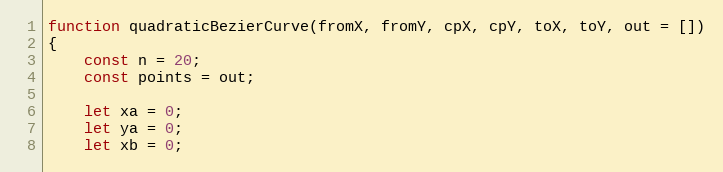
Language: JavaScript
function quadraticBezierCurve(fromX, fromY, cpX, cpY, toX, toY, out = [])
{
    const n = 20;
    const points = out;

    let xa = 0;
    let ya = 0;
    let xb = 0;